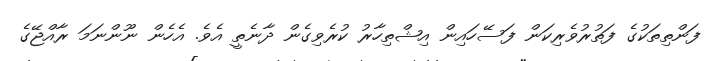
ފަންތިތަކުގެ ފަތުރުވެރިކަން ފަސޭހައިން އިޝްތިހާރު ކުރެވިގެން ދާނެތީ އެވެ. އެހެން ނޫންނަމަ ރާއްޖޭގެ